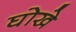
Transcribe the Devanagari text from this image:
घोखे